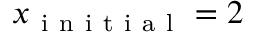
x _ { \mathrm { ~ i ~ n ~ i ~ t ~ i ~ a ~ l ~ } } = 2